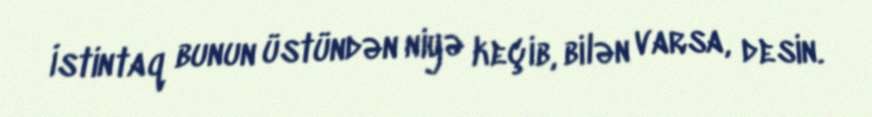
İstintaq bunun üstündən niyə keçib, bilən varsa, desin.